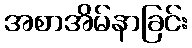
အစာအိမ်နာခြင်း